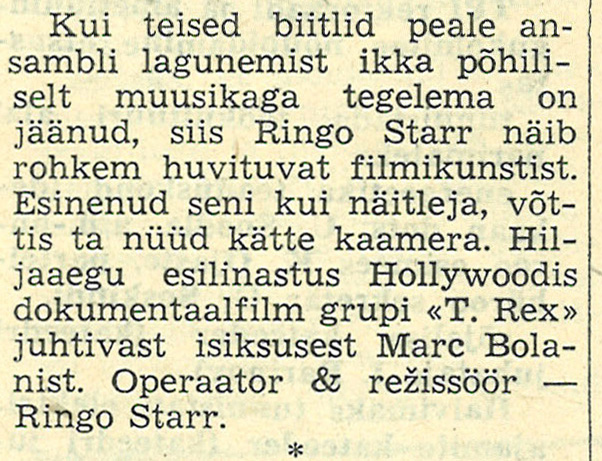
Language: et